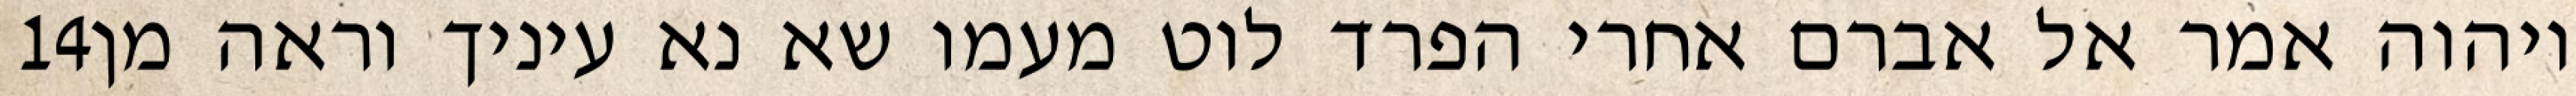
‎14‏ ויהוה אמר אל אברם אחרי הפרד לוט מעמו שא נא עיניך וראה מן